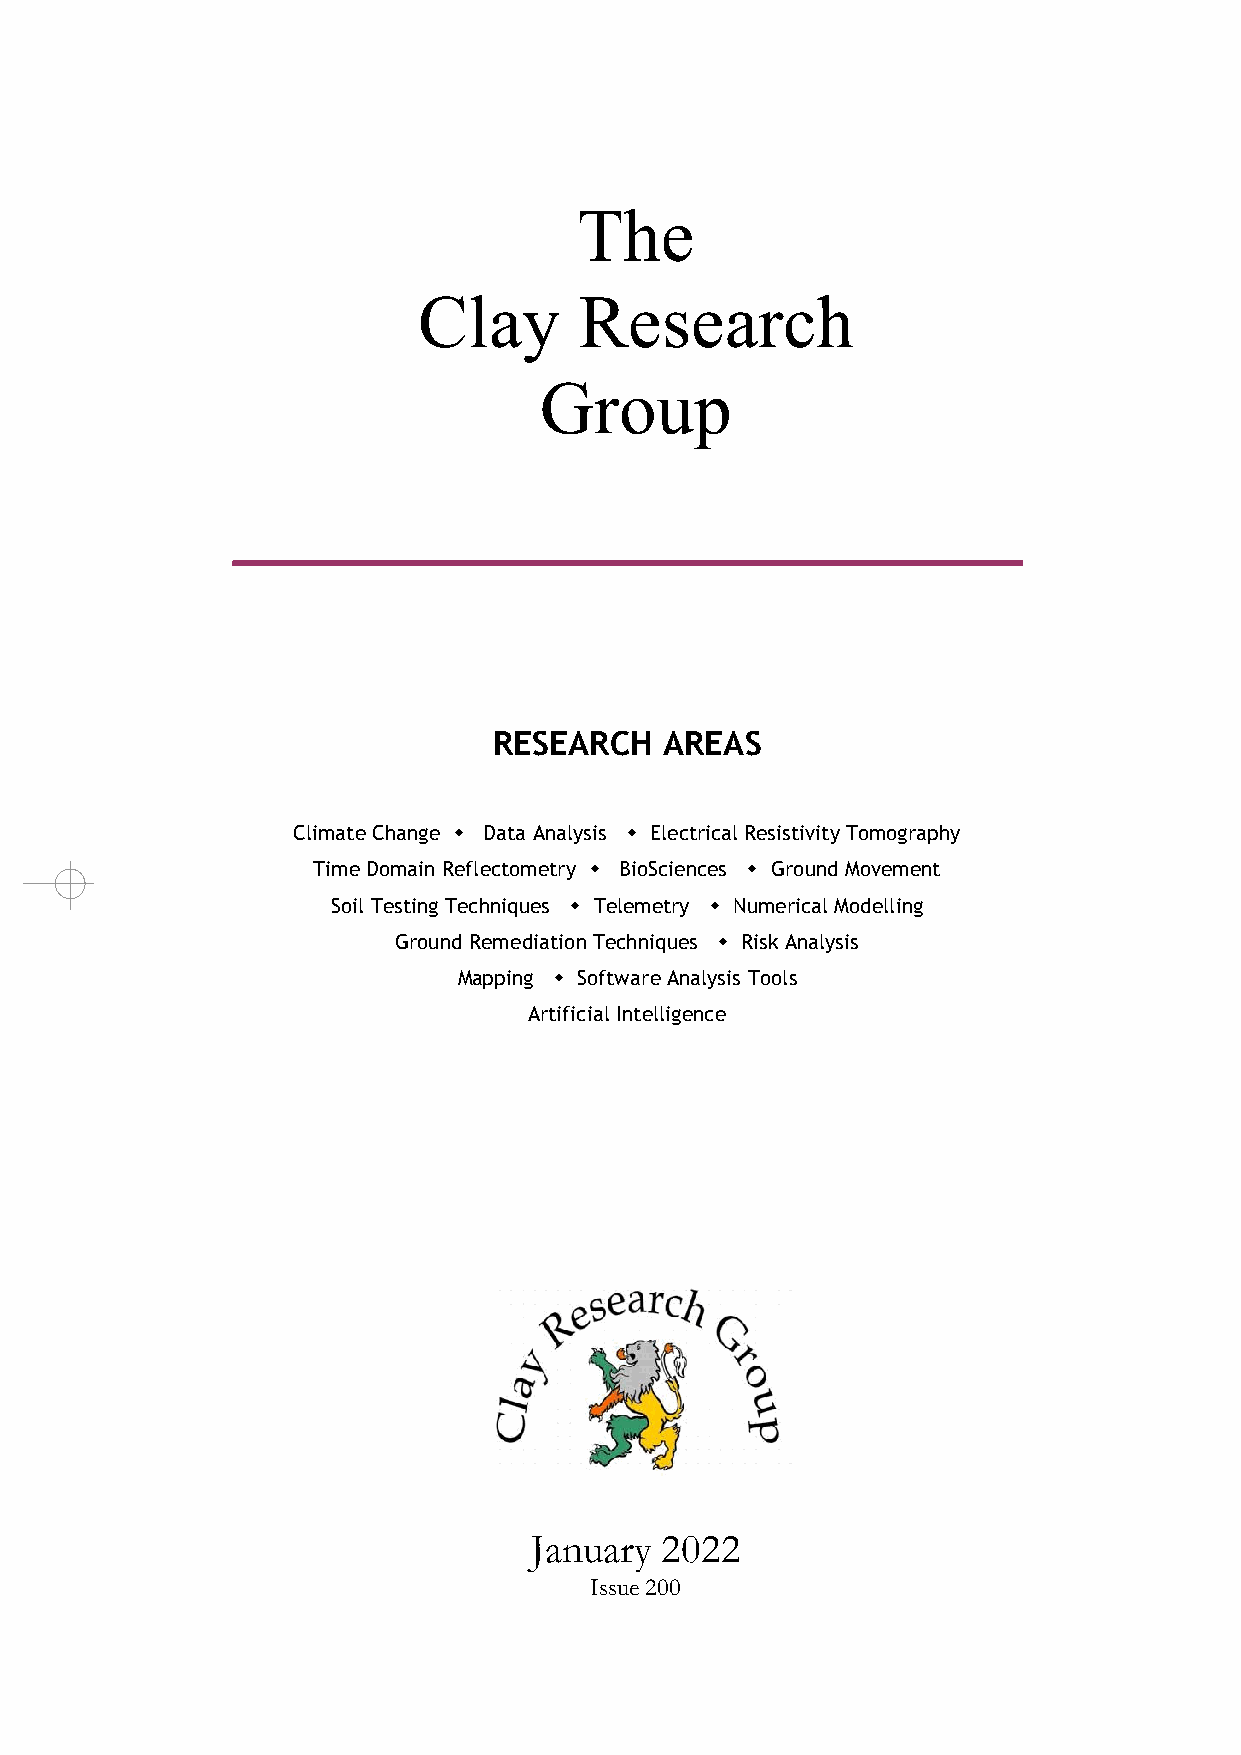
Issue 200 – January 2022 – Page
 The      Clay     Research           Group
 The
 Clay      Research
 The         Clay         Research                Group
 Group
 RESEARCH   AREAS
 Climate Change  Data Analysis  Electrical Resistivity Tomography
 Time Domain Reflectometry  Bi oSciences  Ground Movement
 Soil Testing Techniques  Telemetry  Numerical Modelling
 Ground Remediation Tech niques  Risk Analysis
 Mapping  Software Analysis Tools
 Artificial Int elligence
 January  2022
 Issue 200
 Monthly           Bulletin